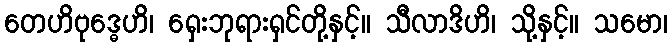
တေဟိဗုဒ္ဓေဟိ၊ ရှေးဘုရားရှင်တို့နှင့်။ သီလာဒိဟိ၊ သို့နှင့်။ သမော၊